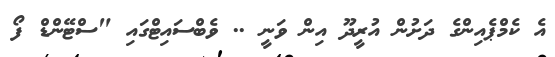
އެ ކެމްޕެއިންގެ ދަށުން އުރީދޫ އިން ވަނީ .. ވެބްސައިޓްގައި "ސްޓޭންޑް ފޯ